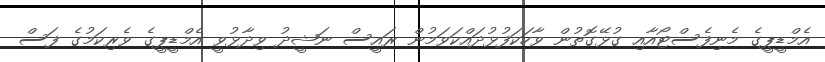
އެމްޑީޕީގެ މެނިފެސްޓޯއާއި ގުޅޭގޮތުން ވާހަކަފުޅުދައްކަވަމުން ރައީސް ނަޝީދު ވިދާޅުވީ އެމްޑީޕީގެ ވެރިކަމުގެ ފަސް